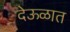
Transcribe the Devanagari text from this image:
देऊळात